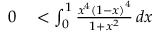
\begin{array} { r l r l } { 0 } & { { } < \int _ { 0 } ^ { 1 } { \frac { x ^ { 4 } \left( 1 - x \right) ^ { 4 } } { 1 + x ^ { 2 } } } \, d x } \end{array}